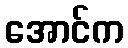
အောင်က